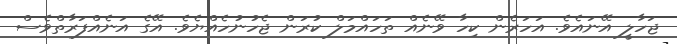
ޖަހާލީ އޭނައެވެ. އަހަރެން ކިހާ ވޭނެއް ތަހައްމަލް ކުރަން ޖެހުނުހެއްޔެވެ. އޭގެ އަނެއްފަރާތްވެސް